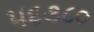
૫૬૩૮૦